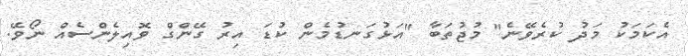
އެކަމަކު މަދު ކުރެވޭނެ" މުޖުތަބާ "އަޅުގަނޑުމެން ކުޑަ އިރު ގޭންގް ވޮއިލެންސެއް ނޯވޭ.